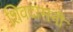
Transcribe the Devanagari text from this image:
शिवदासनी